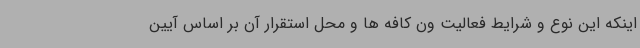
اینکه این نوع و شرایط فعالیت ون کافه ها و محل استقرار آن بر اساس آیین